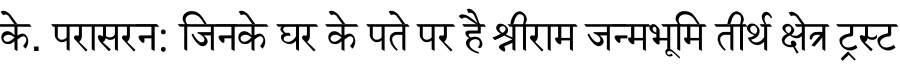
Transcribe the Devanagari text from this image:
के. परासरन: जिनके घर के पते पर है श्रीराम जन्मभूमि तीर्थ क्षेत्र ट्रस्ट